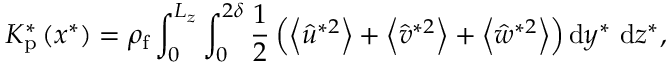
K _ { \mathrm { p } } ^ { * } \left( x ^ { * } \right) = \rho _ { \mathrm { f } } \int _ { 0 } ^ { L _ { z } } \int _ { 0 } ^ { 2 \delta } \frac { 1 } { 2 } \left( \left\langle \hat { u } ^ { * 2 } \right\rangle + \left\langle \hat { v } ^ { * 2 } \right\rangle + \left\langle \hat { w } ^ { * 2 } \right\rangle \right) \mathrm { d } y ^ { * } \mathrm { ~ d } z ^ { * } ,